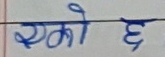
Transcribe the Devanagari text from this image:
एको छ